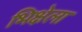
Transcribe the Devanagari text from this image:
भिक्षेला